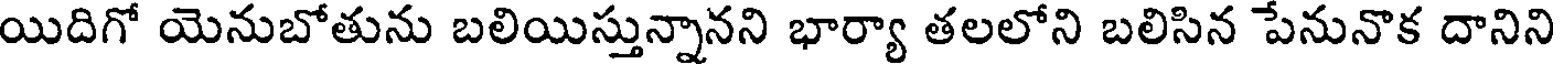
యిదిగో యెనుబోతును బలియిస్తున్నానని భార్యా తలలోని బలిసిన పేనునొక దానిని